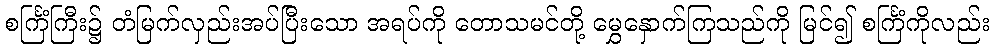
စင်္ကြံကြီး၌ တံမြက်လှည်းအပ်ပြီးသော အရပ်ကို တောသမင်တို့ မွှေနှောက်ကြသည်ကို မြင်၍ စင်္ကြံကိုလည်း